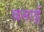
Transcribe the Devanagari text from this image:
बनार्इ